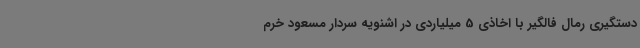
دستگیری رمال فالگیر با اخاذی 5 میلیاردی در اشنویه سردار مسعود خرم